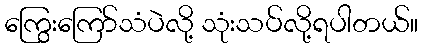
ကြွေးကြော်သံပဲလို့ သုံးသပ်လို့ရပါတယ်။